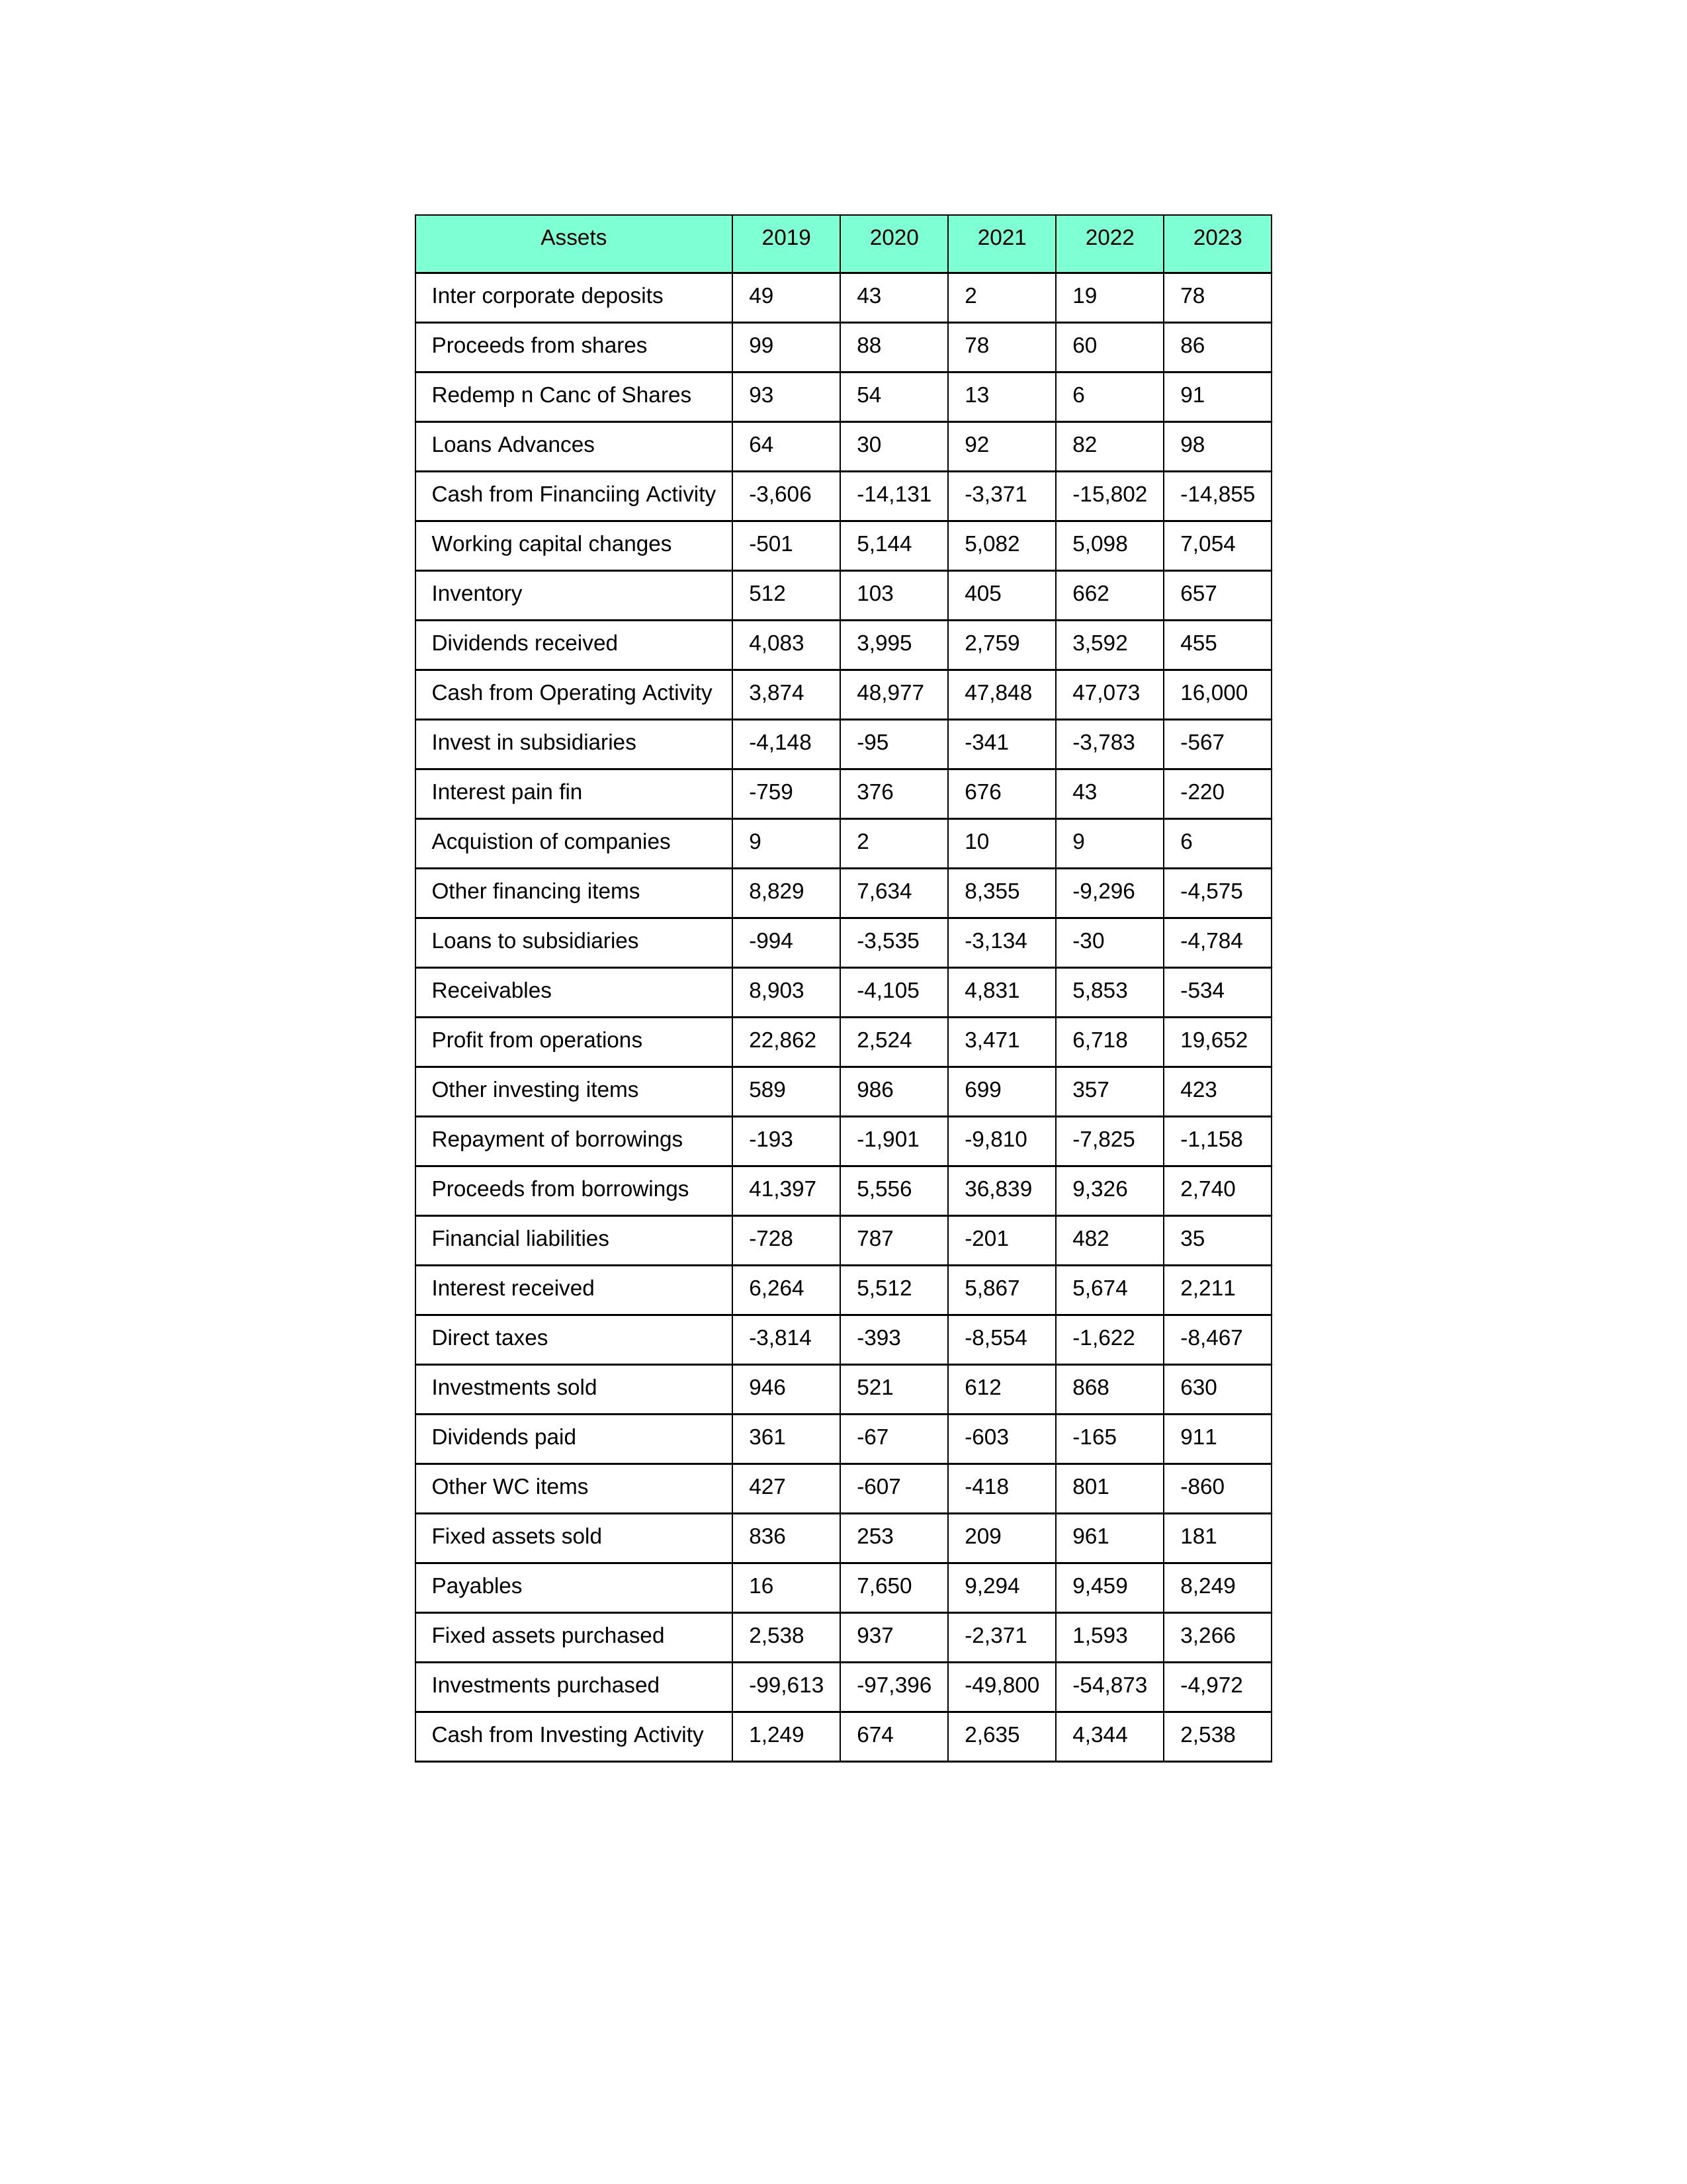
gt_parse: 2019: Cash from Operating Activity: 3,874
Profit from operations: 22,862
Receivables: 8,903
Inventory: 512
Payables: 16
Loans Advances: 64
Other WC items: 427
Working capital changes: -501
Direct taxes: -3,814
Cash from Investing Activity: 1,249
Fixed assets purchased: 2,538
Fixed assets sold: 836
Investments purchased: -99,613
Investments sold: 946
Interest received: 6,264
Dividends received: 4,083
Invest in subsidiaries: -4,148
Loans to subsidiaries: -994
Redemp n Canc of Shares: 93
Acquistion of companies: 9
Inter corporate deposits: 49
Other investing items: 589
Cash from Financiing Activity: -3,606
Proceeds from shares: 99
Proceeds from borrowings: 41,397
Repayment of borrowings: -193
Interest pain fin: -759
Dividends paid: 361
Financial liabilities: -728
Other financing items: 8,829
2020: Cash from Operating Activity: 48,977
Profit from operations: 2,524
Receivables: -4,105
Inventory: 103
Payables: 7,650
Loans Advances: 30
Other WC items: -607
Working capital changes: 5,144
Direct taxes: -393
Cash from Investing Activity: 674
Fixed assets purchased: 937
Fixed assets sold: 253
Investments purchased: -97,396
Investments sold: 521
Interest received: 5,512
Dividends received: 3,995
Invest in subsidiaries: -95
Loans to subsidiaries: -3,535
Redemp n Canc of Shares: 54
Acquistion of companies: 2
Inter corporate deposits: 43
Other investing items: 986
Cash from Financiing Activity: -14,131
Proceeds from shares: 88
Proceeds from borrowings: 5,556
Repayment of borrowings: -1,901
Interest pain fin: 376
Dividends paid: -67
Financial liabilities: 787
Other financing items: 7,634
2021: Cash from Operating Activity: 47,848
Profit from operations: 3,471
Receivables: 4,831
Inventory: 405
Payables: 9,294
Loans Advances: 92
Other WC items: -418
Working capital changes: 5,082
Direct taxes: -8,554
Cash from Investing Activity: 2,635
Fixed assets purchased: -2,371
Fixed assets sold: 209
Investments purchased: -49,800
Investments sold: 612
Interest received: 5,867
Dividends received: 2,759
Invest in subsidiaries: -341
Loans to subsidiaries: -3,134
Redemp n Canc of Shares: 13
Acquistion of companies: 10
Inter corporate deposits: 2
Other investing items: 699
Cash from Financiing Activity: -3,371
Proceeds from shares: 78
Proceeds from borrowings: 36,839
Repayment of borrowings: -9,810
Interest pain fin: 676
Dividends paid: -603
Financial liabilities: -201
Other financing items: 8,355
2022: Cash from Operating Activity: 47,073
Profit from operations: 6,718
Receivables: 5,853
Inventory: 662
Payables: 9,459
Loans Advances: 82
Other WC items: 801
Working capital changes: 5,098
Direct taxes: -1,622
Cash from Investing Activity: 4,344
Fixed assets purchased: 1,593
Fixed assets sold: 961
Investments purchased: -54,873
Investments sold: 868
Interest received: 5,674
Dividends received: 3,592
Invest in subsidiaries: -3,783
Loans to subsidiaries: -30
Redemp n Canc of Shares: 6
Acquistion of companies: 9
Inter corporate deposits: 19
Other investing items: 357
Cash from Financiing Activity: -15,802
Proceeds from shares: 60
Proceeds from borrowings: 9,326
Repayment of borrowings: -7,825
Interest pain fin: 43
Dividends paid: -165
Financial liabilities: 482
Other financing items: -9,296
2023: Cash from Operating Activity: 16,000
Profit from operations: 19,652
Receivables: -534
Inventory: 657
Payables: 8,249
Loans Advances: 98
Other WC items: -860
Working capital changes: 7,054
Direct taxes: -8,467
Cash from Investing Activity: 2,538
Fixed assets purchased: 3,266
Fixed assets sold: 181
Investments purchased: -4,972
Investments sold: 630
Interest received: 2,211
Dividends received: 455
Invest in subsidiaries: -567
Loans to subsidiaries: -4,784
Redemp n Canc of Shares: 91
Acquistion of companies: 6
Inter corporate deposits: 78
Other investing items: 423
Cash from Financiing Activity: -14,855
Proceeds from shares: 86
Proceeds from borrowings: 2,740
Repayment of borrowings: -1,158
Interest pain fin: -220
Dividends paid: 911
Financial liabilities: 35
Other financing items: -4,575